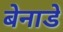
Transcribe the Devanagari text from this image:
बेनाडे